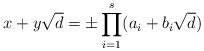
LaTeX: \begin{align*} x+y\sqrt d = \pm\prod_{i = 1}^s(a_i+b_i\sqrt d) \end{align*}